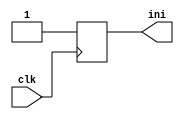
module init(input wire clk, output wire ini);
wire din;
reg dout = 0;
always @(posedge(clk))
  dout <= din;
assign din = 1;
assign ini = dout;
endmodule